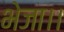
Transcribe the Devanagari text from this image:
भेजा।।